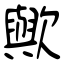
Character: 歟